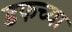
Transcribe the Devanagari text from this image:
डफच्या